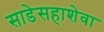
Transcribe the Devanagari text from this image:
साडेसहाशेवा